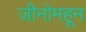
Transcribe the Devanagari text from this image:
जीनोमहून